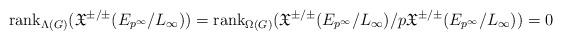
LaTeX: \begin{align*}\mathrm{rank}_{\Lambda(G)}(\mathfrak{X}^{\pm/\pm}(E_{p^{\infty}}/L_\infty)) = \mathrm{rank}_{\Omega(G)}(\mathfrak{X}^{\pm/\pm}(E_{p^{\infty}}/L_\infty) / p \mathfrak{X}^{\pm/\pm}(E_{p^{\infty}}/L_\infty)) = 0\end{align*}